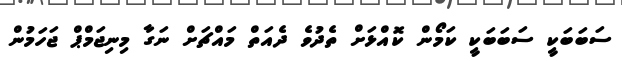
ސަބަބަކީ ސަބަބަކީ ކަމޯން ކޮއްޅަށް ތެދުވެ ދެއަތް މައްޗަށް ނަގާ މިނިޖަމްޕް ޖަހަމުން